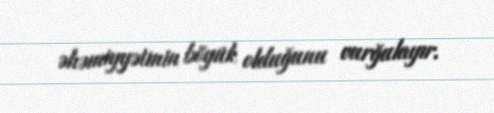
əhəmiyyətinin böyük olduğunu vurğulayır.